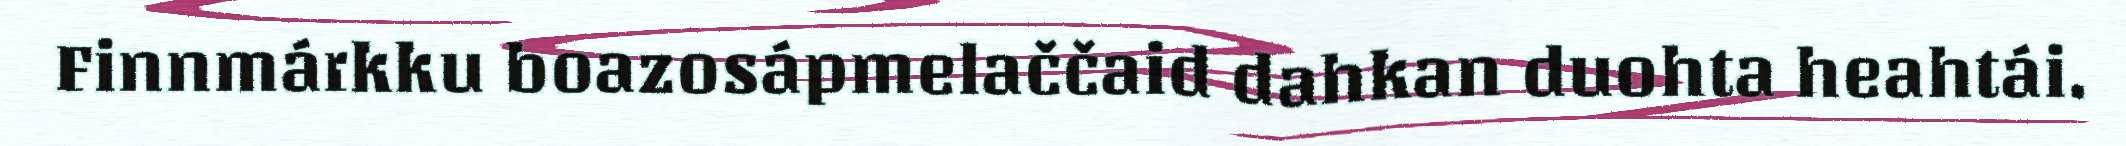
Finnmárkku boazosápmelaččaid dahkan duohta heahtái.